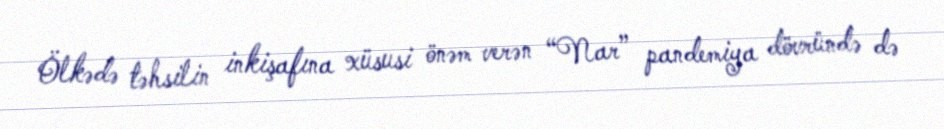
Ölkədə təhsilin inkişafına xüsusi önəm verən “Nar” pandemiya dövründə də